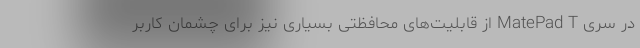
در سری MatePad T از قابلیت‌های محافظتی بسیاری نیز برای چشمان کاربر